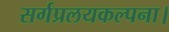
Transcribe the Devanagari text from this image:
सर्गप्रलयकल्पना।